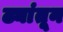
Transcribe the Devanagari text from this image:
ढ्यांतून